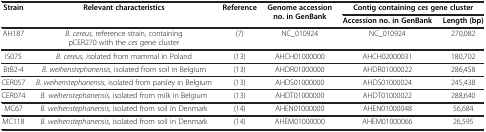
<table><thead><tr><td><b>Strain</b></td><td><b>Relevant characteristics</b></td><td><b>Reference</b></td><td rowspan="2"><b>Genome accession no. in GenBank</b></td><td colspan="2"><b>Contig containing <i>ces </i>gene cluster</b></td></tr><tr><td colspan="3"><b> </b></td><td><b>Accession no. in GenBank</b></td><td><b>Length (bp)</b></td></tr></thead><tbody><tr><td>AH187</td><td><i>B. cereus,</i> reference strain, containing pCER270 with the <i>ces</i> gene cluster</td><td>(7)</td><td>NC_010924</td><td>NC_010924</td><td>270,082</td></tr><tr><td>IS075</td><td><i>B. cereus, i</i>solated from mammal in Poland</td><td>(13)</td><td>AHCH01000000</td><td>AHCH02000031</td><td>180,702</td></tr><tr><td>BtB2-4</td><td><i>B. weihenstephanensis,</i> isolated from soil in Belgium</td><td>(13)</td><td>AHDR01000000</td><td>AHDR01000022</td><td>286,458</td></tr><tr><td>CER057</td><td><i>B. weihenstephanensis,</i> isolated from parsley in Belgium</td><td>(13)</td><td>AHDS01000000</td><td>AHDS01000024</td><td>245,438</td></tr><tr><td>CER074</td><td><i>B. weihenstephanensis,</i> isolated from milk in Belgium</td><td>(13)</td><td>AHDT01000000</td><td>AHDT01000022</td><td>288,640</td></tr><tr><td>MC67</td><td><i>B. weihenstephanensis,</i> isolated from soil in Denmark</td><td>(14)</td><td>AHEN01000000</td><td>AHEN01000048</td><td>56,684</td></tr><tr><td>MC118</td><td><i>B. weihenstephanensis,</i> isolated from soil in Denmark</td><td>(14)</td><td>AHEM01000000</td><td>AHEM01000066</td><td>26,595</td></tr></tbody></table>